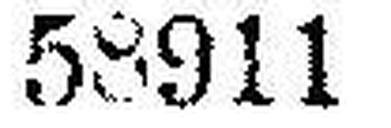
58911